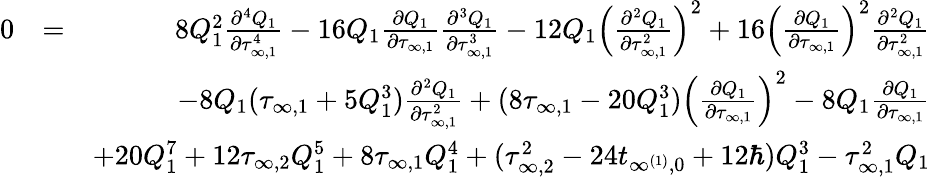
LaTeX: \begin{array}{rlr}{0}&{=}&{8Q_{1}^{2}\frac{\partial^{4}Q_{1}}{\partial\tau_{\infty,1}^{4}}-16Q_{1}\frac{\partial Q_{1}}{\partial\tau_{\infty,1}}\frac{\partial^{3}Q_{1}}{\partial\tau_{\infty,1}^{3}}-12Q_{1}\left(\frac{\partial^{2}Q_{1}}{\partial\tau_{\infty,1}^{2}}\right)^{2}+16\left(\frac{\partial Q_{1}}{\partial\tau_{\infty,1}}\right)^{2}\frac{\partial^{2}Q_{1}}{\partial\tau_{\infty,1}^{2}}}\\ &{}&{-8Q_{1}(\tau_{\infty,1}+5Q_{1}^{3})\frac{\partial^{2}Q_{1}}{\partial\tau_{\infty,1}^{2}}+(8\tau_{\infty,1}-20Q_{1}^{3})\left(\frac{\partial Q_{1}}{\partial\tau_{\infty,1}}\right)^{2}-8Q_{1}\frac{\partial Q_{1}}{\partial\tau_{\infty,1}}}\\ &{}&{+20Q_{1}^{7}+12\tau_{\infty,2}Q_{1}^{5}+8\tau_{\infty,1}Q_{1}^{4}+(\tau_{\infty,2}^{2}-24t_{\infty^{(1)},0}+12\hbar)Q_{1}^{3}-\tau_{\infty,1}^{2}Q_{1}}\end{array}